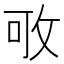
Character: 𢼔